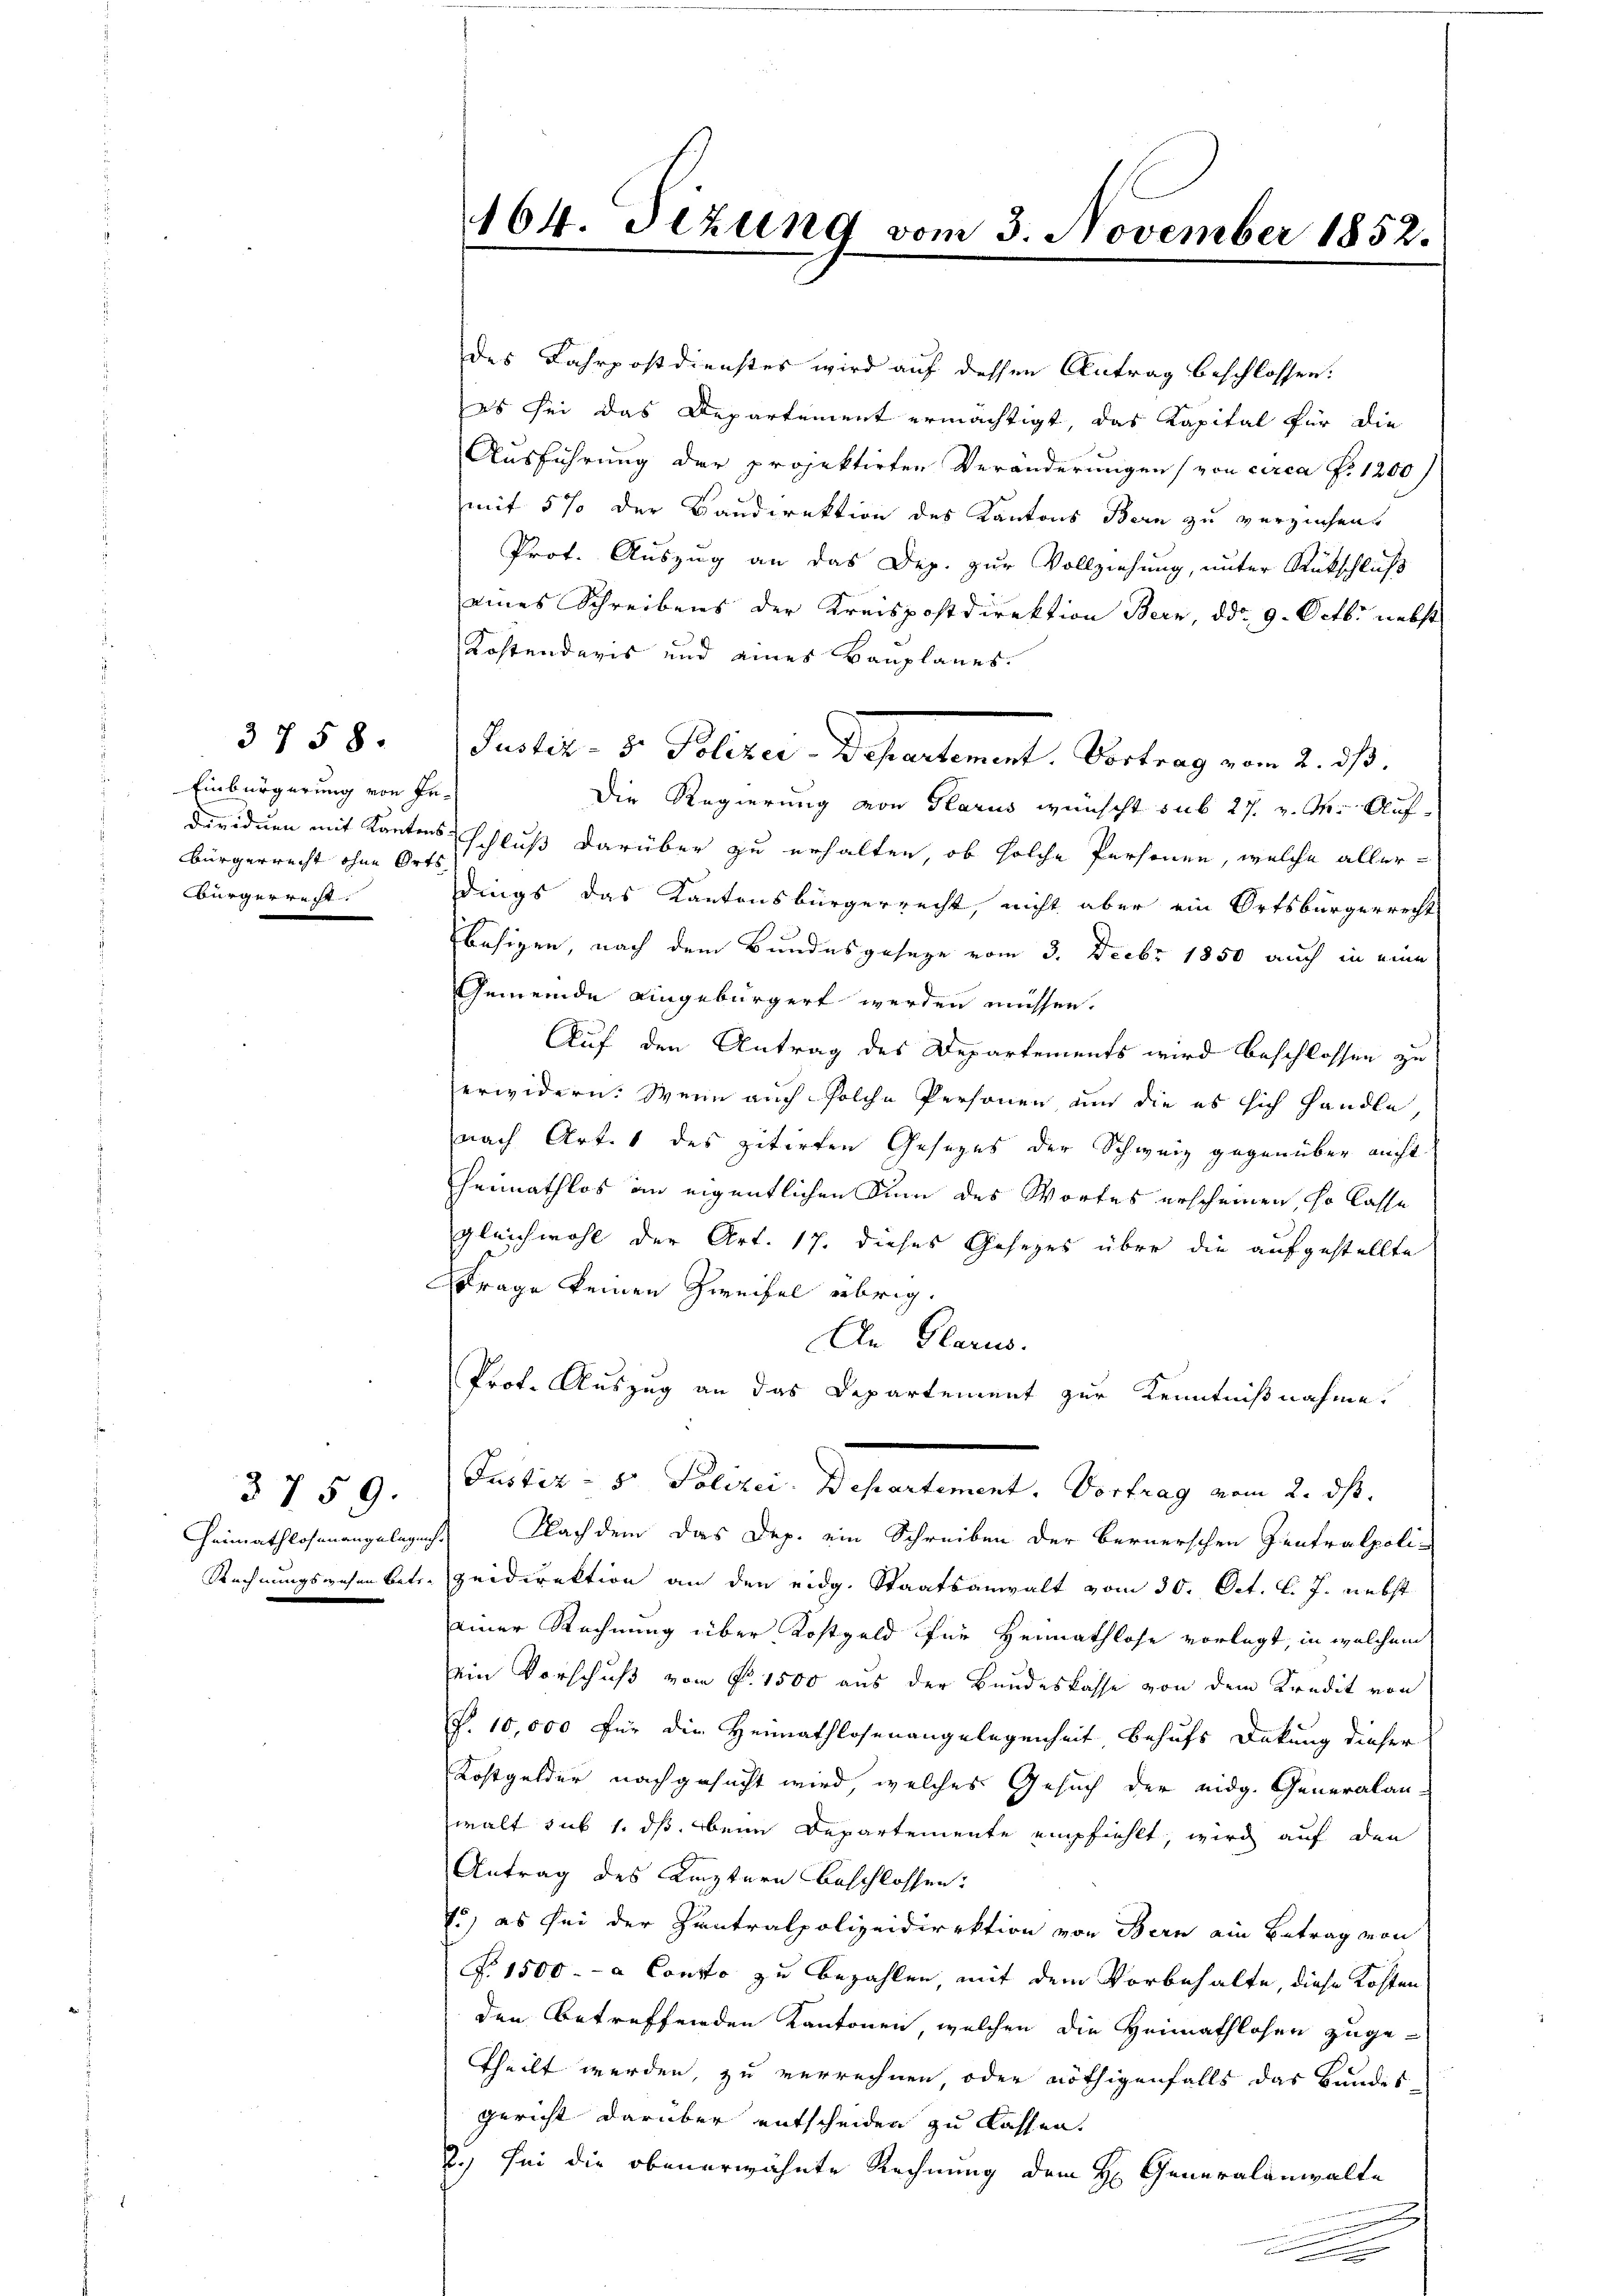
Einbürgerung von Gebürgerrecht ohne Orts
bürgerrecht.

3758.

3759.

164. Sizung vom 3. November 1852.

des Fahrpostdienstes wird auf dessen Antrag beschlossen.
es sei das Departement ermächtigt, das Kapital für die
Ausführung der projektirten Veränderungen (von circa Fr. 1200)
mit 5 % der Baudirektion des Kantons Bern zu verziehen.
Prot. Auszug an das Dep. zur Vollziehung, unter Rückschluß
eines Schreibens der Kreispostdirektion Bern, ddo. 9. Octbr. nebst
Kostendaris und eines Bauplanes.
Die Regierung von Glarus wünscht sub 27. v. M. Aufdividuen mit Kantonsschluß darüber zu erhalten, ob solche Personen, welche allerdings das Kantonsbürgerrecht, nicht aber ein Ortsbürgerrecht
besigen, nach dem Bundesgeseze vom 3. Decbr 1850 auch in eine
Gemeinde eingebürgert werden müssen.
Auf den Antrag des Departements wird beschlossen zu
erwidern. Wenn auch solche Personen, und die es sich handle
nach Art. 1 des zitirten Gesezes der Schweiz gegenüber nicht
Heimathlos an eigentlichen Sinn des Wortes erscheinen, so lasse
gleichwohl der Art. 17. dieses Gesezes über die aufgestellte
Frage keinen Zweifel übrig.
An Glarus.
Prof. Auszug an das Departement zur Kenntnißnahme.
Pactes. v. Politici Bestantonale Verlang vom 2. ist.
Heimathlosenangelegung. Nach dem das Dep. ein Schreiben der Bernerschen Zentralpoli-
Rechnungswesen betr. zeidirektion an den eidg. Staatsanwalt vom 30. Oct. l. J. nebst
einer Rechnung über Kostgeld für Heimathlose vorlegt, in welchem
Dein Vorschuß von No. 1500 aus der Bundeskasse von dem Kredit von
P. 10,000 für die Heimathlosenangelegenheit, behufs Dekung dieser
Kostgelder nachgesucht wird, welches Gesuch der eidg. Generalan-
walt sub 1. ds. beim Departemente empfiehlt, wird auf den
1
Antrag des Leztern beschlossen:
15, es sei der Zentralpolizeidirektion von Bern ein Betrag von
. 1500.- a Conto zu bezahlen, mit dem Vorbehalte, diese Kosten
den betreffenden Kantonen, welchen die Heimathlosen zugetheilt werden, zu verrechnen, oder nöthigenfalls das Bundes
gericht darüber entscheiden zu lassen.
2.) Sei die obenerwähnte Rechnung dem H. Generalanwalte
t
e
e
e

Puster - 5. Polizei Departement. Vortrag vom 2. ds.